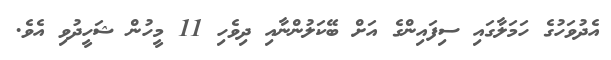
އެދުވަހުގެ ހަމަލާގައި ސިފައިންގެ އަށް ބޭކަލުންނާއި ދިވެހި 11 މީހުން ޝަހީދުވި އެވެ.